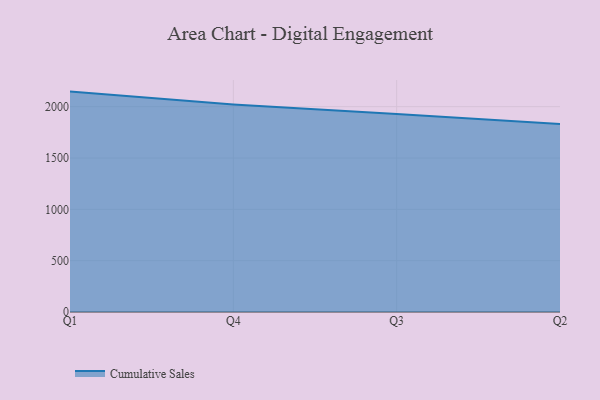
{"axis": {"x": "Quarter", "y": "Revenue (USD Million)"}, "legend": ["Cumulative Sales"], "data": [{"x": "Q1", "y": 2146.8, "type": "Cumulative Sales"}, {"x": "Q4", "y": 2020.7, "type": "Cumulative Sales"}, {"x": "Q3", "y": 1929.2, "type": "Cumulative Sales"}, {"x": "Q2", "y": 1831.1, "type": "Cumulative Sales"}]}